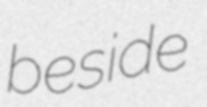
beside